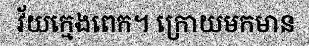
វ័យក្មេងពេក។ ក្រោយមកមាន